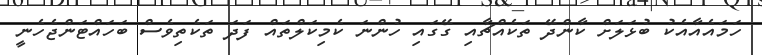
ހަމައެއާއެކު ބުޅަލަށް ކާންދޭ ތަކެއްޗާއި ގޭގައި ހުންނަ ކެމިކަލްތައް ފަދަ ތަކެތިވެސް ބަހައްޓަންޖެހެނީ